Lunatic asylums Punjab 1881-1894 - 1881-1894
Year: 1881
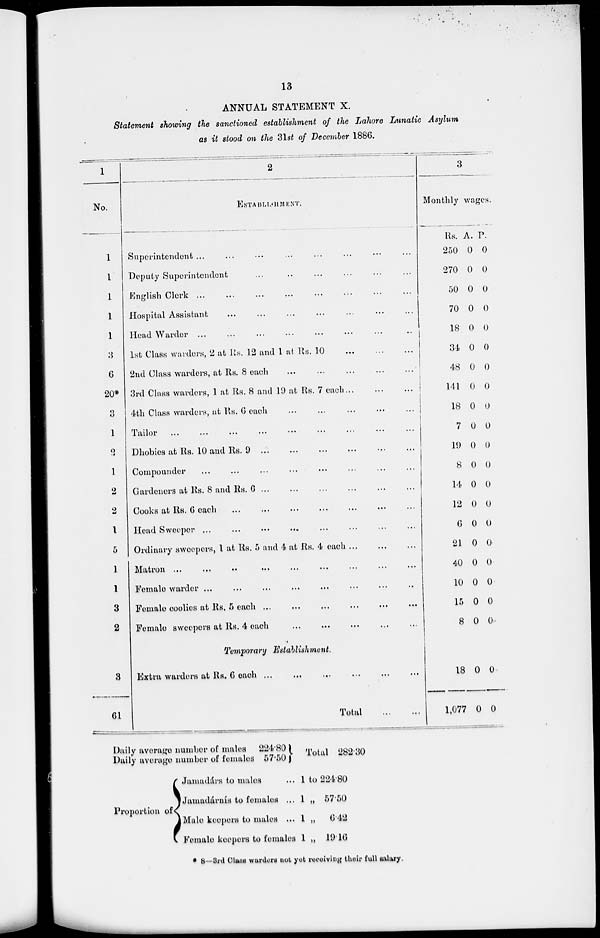
13
ANNUAL STATEMENT X.
Statement showing the sanctioned establishment of the Lahore Lunatic Asylum
as it stood on the 31st of December 1886.
1
No.
1
1
1
1
1
1
6
20*
3
1
2
1
2
2
1
5
1
1
3
2
3
61
2
ESTABLISHMENT.
Superintendent ... .. ... ... ...
Deputy Superintendent
...
..
...
...
...
English Clerk
...
..
...
...
...
Hospital Assistant ... .. ... ... ...
Head Warder
...
..
...
...
...
1st Class warders, 2 at Rs. 12 and 1 at Rs. 10 ... ..
2nd Class warders, at Rs. 8 each ... .. ... ...
3rd Class warders, 1 at Rs. 8 and 19 at Rs. 7 each ... ..
4th Class warders, at Rs. 6 each
...
..
...
...
...
Tailor ... .. ... ... ...
Dhobies at Rs. 10 and Rs. 9
...
..
...
...
...
Compounder
...
..
...
...
...
Gardeners at Rs. 8 and Rs. 6
...
..
...
...
...
Cooks at Rs. 6 each
...
..
...
...
...
Head Sweeper
...
..
...
...
...
Ordinary sweepers , 1 at Rs. 5 and 4 at Rs. 4 each ... ... ... ...
Matron
...
..
...
...
...
Female warder
...
..
...
...
...
Female coolies at Rs, 5 each
...
..
...
...
...
Female sweepers at Rs. 4 each ... .. ... ...
Temporary Establishment,
Extra warders at Rs, 6 each
...
..
...
...
...
Total
...
...
3
Monthly wages.
Rs.
250
270
50
70
18
34
48
141
18
7
19
8
14
12
6
21
40
10
15
8
A.
0
0
0
0
0
0
0
0
0
0
0
0
0
0
0
0
0
0
0
0
P.
0
0
0
0
0
0
0
0
0
0
0
0
0
0
0
0
0
0
0
0
18
1,077
0
0
0
0
Daily average number of males
Daily average number of females
224.80
57.50
Total 282.30
Proportion of
Jamadárs to males
...
Jamadárnís to females ...
Male keepers to males ...
Female keepers to females
1
1
1
1
to
„
„
„
224.80
57.50
6.42
19.16
* 8—3 rd Class warders not yet receiving their full salary.